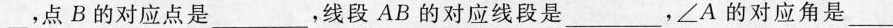
___，点B的对应点是___，线段AB的对应线段是___，\angle A的对应角是___